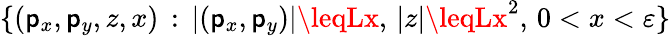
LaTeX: \{ (\mathsf{p}_{x},\mathsf{p}_{y},z,x)\, :\, |(\mathsf{p}_{x},\mathsf{p}_{y})|\leqLx,\, |z|\leqLx^{2},\, 0<x<\varepsilon\}